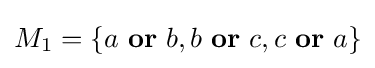
{\textstyle M_{1}=\{a\ {\bf {or}}\ b,b\ {\bf {or}}\ c,c\ {\bf {or}}\ a\}}